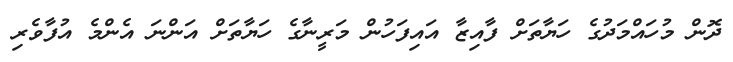
ދޮން މުހައްމަދުގެ ހަޔާތަށް ފާއިޒާ އައިފަހުން މަރީނާގެ ހަޔާތަށް އަންނަ އެންމެ އުފާވެރި